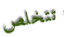
تتخلص